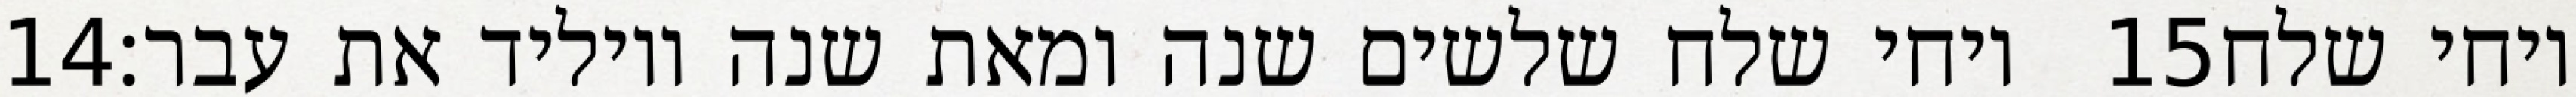
‎14‏ ויחי שלח שלשים שנה ומאת שנה ויוליד את עבר׃ ‎15‏ ויחי שלח